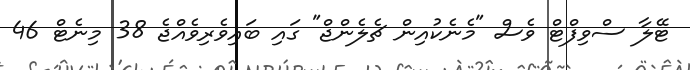
ޓޭލާ ސްވިފްޓް ވެސް "މެނެކުއިން ޗެލެންޖް" ގައި ބައިވެރިވެއްޖެ 38 މިނެޓް 46